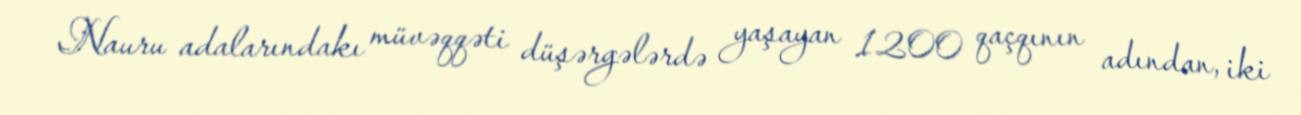
Nauru adalarındakı müvəqqəti düşərgələrdə yaşayan 1200 qaçqının adından, iki